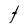
Character: t